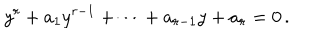
y ^ { r } + a _ { 1 } y ^ { r - 1 } + \cdots + a _ { r - 1 } y + a _ { r } = 0 \, .